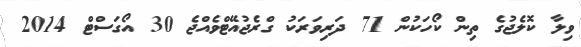
ވިލާ ކޮލެޖުގެ ތިން ކޯހަކުން 71 ދަރިވަރަކު ގްރެޖުއޭޓްވެއްޖެ 30 އޯގަސްޓް 2014